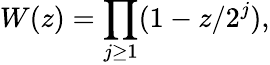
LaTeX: W(z)=\prod_{j\geq 1}(1-z/2^{j}),